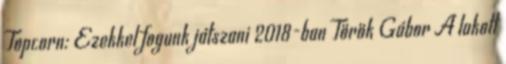
Topcorn: Ezekkel fogunk játszani 2018-ban Török Gábor A lakott